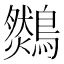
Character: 𪆈